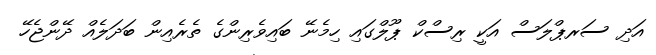
އަދި ސަރޕްލަސް އަކީ ރިސްކް ޕޫލްގައި ހިމެނޭ ބައިވެރިންގެ ތެރެއިން ބަދަލެއް ދޭންޖެހޭ